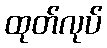
ထုတ်လုပ်